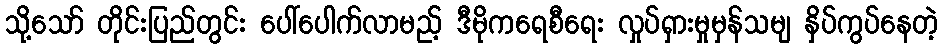
သို့သော် တိုင်းပြည်တွင်း ပေါ်ပေါက်လာမည့် ဒီမိုကရေစီရေး လှုပ်ရှားမှုမှန်သမျ နှိပ်ကွပ်နေတဲ့